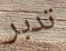
تدبر